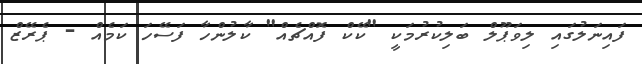
ފައިނަލުގައި ލިވަޕޫލް ބަލިކުރުމަކީ "ކޭކް ފޮއްޗެއް" ކާލުންހާ ފަސޭހަ ކަމެއް - ޕެރޭޒް